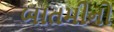
બાતમીનો